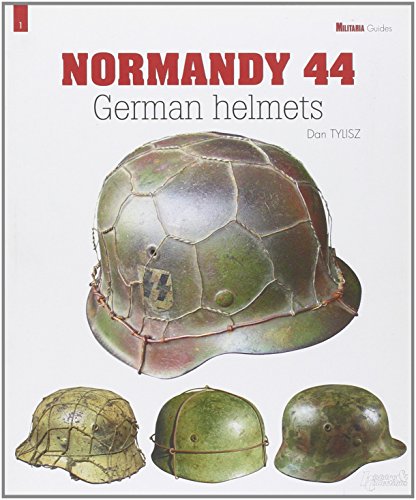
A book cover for GERMAN HELMETS: The Normandy Campaign (Militaria Guides); Dan Tylisz; Crafts, Hobbies & Home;